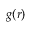
g ( r )